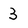
Character: 3